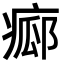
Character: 𤷸